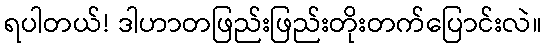
ရပါတယ်! ဒါဟာတဖြည်းဖြည်းတိုးတက်ပြောင်းလဲ။